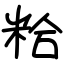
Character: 粭